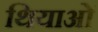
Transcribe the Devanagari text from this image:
थियाओं